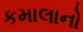
કમાલાનો